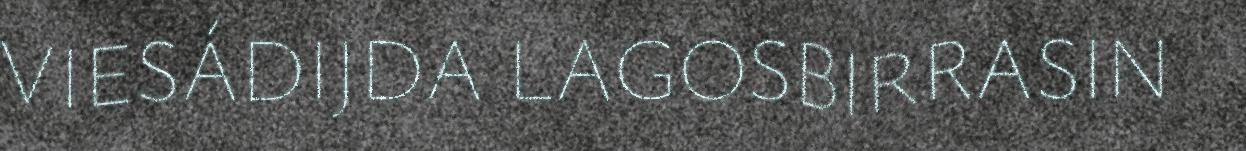
VIESÁDIJDA LAGOSBIRRASIN